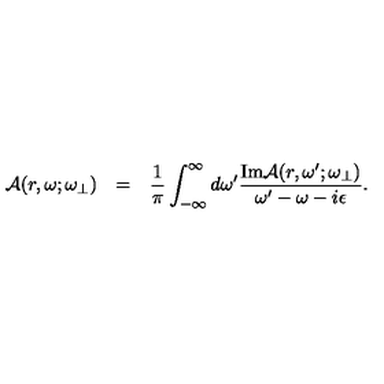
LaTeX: \begin{array} { r c l } { { \cal A } ( r , \omega ; \omega _ { \bot } ) } & { = } & { \displaystyle \frac { 1 } { \pi } \int _ { - \infty } ^ { \infty } d \omega ^ { \prime } \frac { \mathrm { I m } { \cal A } ( r , \omega ^ { \prime } ; \omega _ { \bot } ) } { \omega ^ { \prime } - \omega - i \epsilon } . } \\ \end{array}